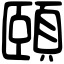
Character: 頤